Annual report on the Civil Veterinary Department, Burma (including the Insein Veterinary School) - 1910-1922
Year: 1910
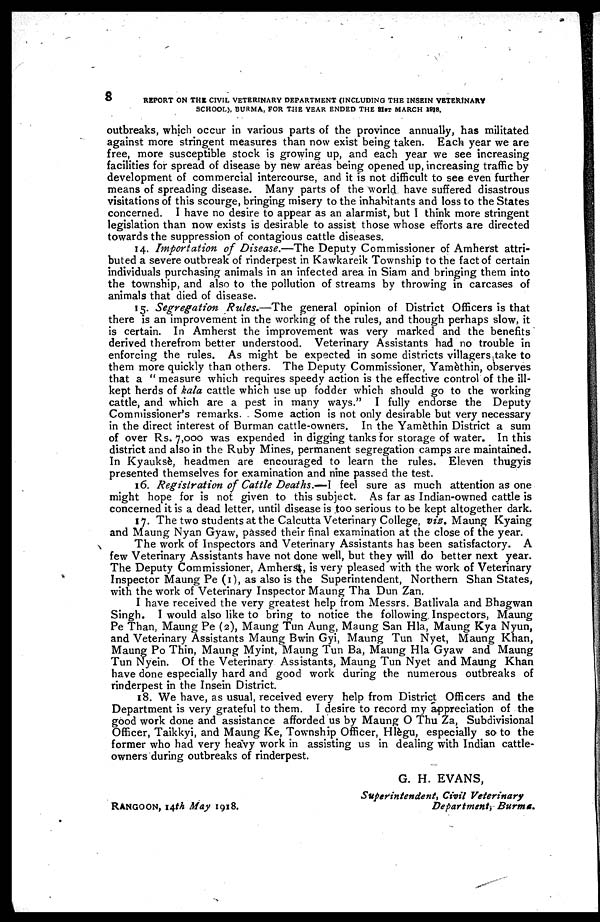
8
REPORT ON THE CIVIL VETERINARY DEPARTMENT (INCLUDING THE INSEIN VETERINARY
SCHOOL), BURMA, FOR THE YEAR ENDED THE 31ST MARCH 1018.
outbreaks, which occur in various parts of the province annually, has militated
against more stringent measures than now exist being taken. Each year we are
free, more susceptible stock is growing up, and each year we see increasing
facilities for spread of disease by new areas being opened up, increasing traffic by
development of commercial intercourse, and it is not difficult to see even further
means of spreading disease. Many parts of the world have suffered disastrous
visitations of this scourge, bringing misery to the inhabitants and loss to the States
concerned. I have no desire to appear as an alarmist, but I think more stringent
legislation than now exists is desirable to assist those whose efforts are directed
towards the suppression of contagious cattle diseases.
14. Importation of Disease.—The Deputy Commissioner of Amherst attri-
buted a severe outbreak of rinderpest in Kawkareik Township to the fact of certain
individuals purchasing animals in an infected area in Siam and bringing them into
the township, and also to the pollution of streams by throwing in carcases of
animals that died of disease.
15. Segregation
Rules.—The
general opinion of District Officers is that
there is an improvement in the working of the rules, and though perhaps slow, it
is certain. In Amherst the improvement was very marked and the benefits
derived therefrom better understood. Veterinary Assistants had no trouble in
enforcing the rules. As might be expected in some districts villagers take to
them more quickly than others. The Deputy Commissioner, Yamèthin, observes
that a "measure which requires speedy action is the effective control of the ill-
kept herds of kala cattle which use up fodder which should go to the working
cattle, and which are a pest in many ways." I fully endorse the Deputy
Commissioner's remarks. Some action is not only desirable but very necessary
in the direct interest of Burman cattle-owners. In the Yamèthin District a sum
of over Rs. 7,000 was expended in digging tanks for storage of water. In this
district and also in the Ruby Mines, permanent segregation camps are maintained.
In Kyaukse, headmen are encouraged to learn the rules. Eleven thugyis
presented themselves for examination and nine passed the test.
16. Registration of Cattle Deaths.—I feel sure as much attention as one
might hope for is not given to this subject. As far as Indian-owned cattle is
concerned it is a dead letter, until disease is too serious to be kept altogether dark.
17. The two students at the Calcutta Veterinary College, viz. Maung Kyaing
and Maung Nyan Gyaw, passed their final examination at the close of the year.
The work of Inspectors and Veterinary Assistants has been satisfactory. A
few Veterinary Assistants have not done well, but they will do better next year.
The Deputy Commissioner, Amherst, is very pleased with the work of Veterinary
Inspector Maung Pe (1), as also is the Superintendent, Northern Shan States,
with the work of Veterinary Inspector Maung Tha Dun Zan.
I have received the very greatest help from Messrs. Batlivala and Bhagwan
Singh. I would also like to bring to notice the following Inspectors, Maung
Pe Than, Maung Pe (2), Maung Tun Aung, Maung San Hla, Maung Kya Nyun,
and Veterinary Assistants Maung Bwin Gyi, Maung Tun Nyet, Maung Khan,
Maung Po Thin, Maung Myint, Maung Tun Ba, Maung Hla Gyaw and Maung
Tun Nyein. Of the Veterinary Assistants, Maung Tun Nyet and Maung Khan
have done especially hard and good work during the numerous outbreaks of
rinderpest in the Insein District.
18. We have, as usual, received every help from District Officers and the
Department is very grateful to them. I desire to record my appreciation of the
good work done and assistance afforded us by Maung O Thu Za, Subdivisional
Officer, Taikkyi, and Maung Ke, Township Officer, Hlègu, especially so to the
former who had very heavy work in assisting us in dealing with Indian cattle-
owners during outbreaks of rinderpest.
G. H. EVANS,
Superintendent, Civil Veterinary
RANGOON, 14th May 1918.
Department; Burma.